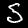
Digit: 5